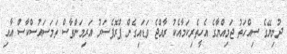
ދުނިޔޭގެ ސިއްހަތު ޖަމިއްޔާގެ އެހީތެރިކަމާއެކު ރާއްޖެ ވަޑައިގެން ޕްރޮފެސަރު އަރިމަންތާސް ތަމަސައުސްކާސް އާއި